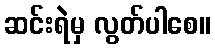
ဆင်းရဲမှ လွတ်ပါစေ။